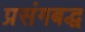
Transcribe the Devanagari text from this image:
प्रसंगबद्ध